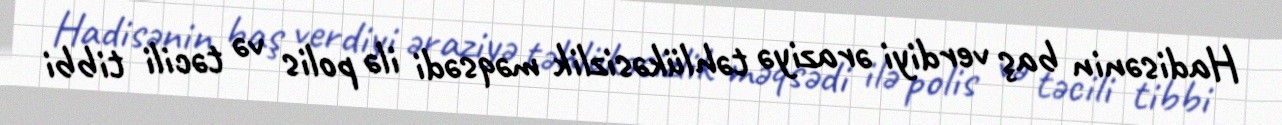
Hadisənin baş verdiyi əraziyə təhlükəsizlik məqsədi ilə polis və təcili tibbi